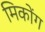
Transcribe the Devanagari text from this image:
मिकोंग